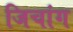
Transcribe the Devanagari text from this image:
जिचांग